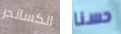
الكساندر حسنا